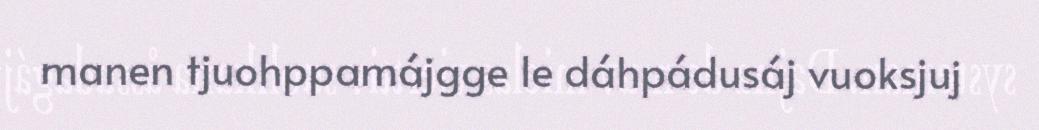
manen tjuohppamájgge le dáhpádusáj vuoksjuj